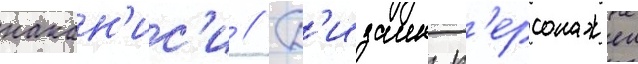
накан'ис'и // Д'изаин п'ерсонажеи